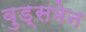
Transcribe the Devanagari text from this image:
वुड्समेन